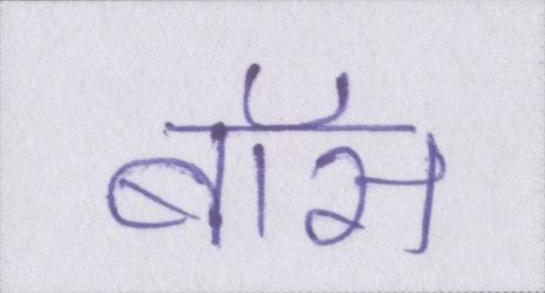
बॉस